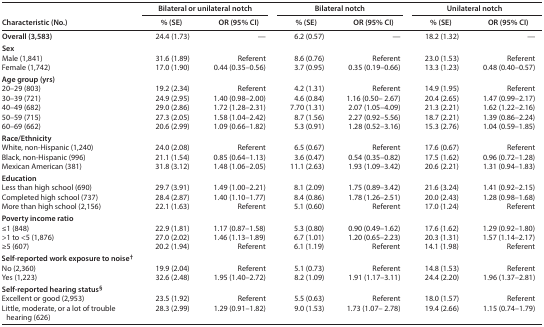
<table><thead><tr><td rowspan="2"><b>Characteristic (No.)</b></td><td colspan="2"><b>Bilateral or unilateral notch</b></td><td colspan="2"><b>Bilateral notch</b></td><td colspan="2"><b>Unilateral notch</b></td></tr><tr><td><b>% (SE)</b></td><td><b>OR (95% CI)</b></td><td><b>% (SE)</b></td><td><b>OR (95% CI)</b></td><td><b>% (SE)</b></td><td><b>OR (95% CI)</b></td></tr></thead><tbody><tr><td><b>Overall (3,583)</b></td><td>24.4 (1.73)</td><td>—</td><td>6.2 (0.57)</td><td>—</td><td>18.2 (1.32)</td><td>—</td></tr><tr><td colspan="7"><b>Sex</b></td></tr><tr><td>Male (1,841)</td><td>31.6 (1.89)</td><td>Referent</td><td>8.6 (0.76)</td><td>Referent</td><td>23.0 (1.53)</td><td>Referent</td></tr><tr><td>Female (1,742)</td><td>17.0 (1.90)</td><td>0.44 (0.35–0.56)</td><td>3.7 (0.95)</td><td>0.35 (0.19–0.66)</td><td>13.3 (1.23)</td><td>0.48 (0.40–0.57)</td></tr><tr><td colspan="7"><b>Age group (yrs)</b></td></tr><tr><td>20–29 (803)</td><td>19.2 (2.34)</td><td>Referent</td><td>4.2 (1.31)</td><td>Referent</td><td>14.9 (1.95)</td><td>Referent</td></tr><tr><td>30–39 (721)</td><td>24.9 (2.95)</td><td>1.40 (0.98–2.00)</td><td>4.6 (0.84)</td><td>1.16 (0.50– 2.67)</td><td>20.4 (2.65)</td><td>1.47 (0.99–2.17)</td></tr><tr><td>40–49 (682)</td><td>29.0 (2.86)</td><td>1.72 (1.28–2.31)</td><td>7.70 (1.31)</td><td>2.07 (1.05–4.09)</td><td>21.3 (2.21)</td><td>1.62 (1.22–2.16)</td></tr><tr><td>50–59 (715)</td><td>27.3 (2.05)</td><td>1.58 (1.04–2.42)</td><td>8.7 (1.56)</td><td>2.27 (0.92–5.56)</td><td>18.7 (2.21)</td><td>1.39 (0.86–2.24)</td></tr><tr><td>60–69 (662)</td><td>20.6 (2.99)</td><td>1.09 (0.66–1.82)</td><td>5.3 (0.91)</td><td>1.28 (0.52–3.16)</td><td>15.3 (2.76)</td><td>1.04 (0.59–1.85)</td></tr><tr><td colspan="7"><b>Race/Ethnicity</b></td></tr><tr><td>White, non-Hispanic (1,240)</td><td>24.0 (2.08)</td><td>Referent</td><td>6.5 (0.67)</td><td>Referent</td><td>17.6 (0.67)</td><td>Referent</td></tr><tr><td>Black, non-Hispanic (996)</td><td>21.1 (1.54)</td><td>0.85 (0.64–1.13)</td><td>3.6 (0.47)</td><td>0.54 (0.35–0.82)</td><td>17.5 (1.62)</td><td>0.96 (0.72–1.28)</td></tr><tr><td>Mexican American (381)</td><td>31.8 (3.12)</td><td>1.48 (1.06–2.05)</td><td>11.1 (2.63)</td><td>1.93 (1.09–3.42)</td><td>20.6 (2.21)</td><td>1.31 (0.94–1.83)</td></tr><tr><td colspan="7"><b>Education</b></td></tr><tr><td>Less than high school (690)</td><td>29.7 (3.91)</td><td>1.49 (1.00–2.21)</td><td>8.1 (2.09)</td><td>1.75 (0.89–3.42)</td><td>21.6 (3.24)</td><td>1.41 (0.92–2.15)</td></tr><tr><td>Completed high school (737)</td><td>28.4 (2.87)</td><td>1.40 (1.10–1.77)</td><td>8.4 (0.86)</td><td>1.78 (1.26–2.51)</td><td>20.0 (2.43)</td><td>1.28 (0.98–1.68)</td></tr><tr><td>More than high school (2,156)</td><td>22.1 (1.63)</td><td>Referent</td><td>5.1 (0.60)</td><td>Referent</td><td>17.0 (1.24)</td><td>Referent</td></tr><tr><td colspan="7"><b>Poverty income ratio</b></td></tr><tr><td>≤1 (848)</td><td>22.9 (1.81)</td><td>1.17 (0.87–1.58)</td><td>5.3 (0.80)</td><td>0.90 (0.49–1.62)</td><td>17.6 (1.62)</td><td>1.29 (0.92–1.80)</td></tr><tr><td>&gt;1 to &lt;5 (1,876)</td><td>27.0 (2.02)</td><td>1.46 (1.13–1.89)</td><td>6.7 (1.01)</td><td>1.20 (0.65–2.23)</td><td>20.3 (1.31)</td><td>1.57 (1.14–2.17)</td></tr><tr><td>≥5 (607)</td><td>20.2 (1.94)</td><td>Referent</td><td>6.1 (1.19)</td><td>Referent</td><td>14.1 (1.98)</td><td>Referent</td></tr><tr><td colspan="7"><b>Self-reported work exposure to noise<sup>†</sup></b></td></tr><tr><td>No (2,360)</td><td>19.9 (2.04)</td><td>Referent</td><td>5.1 (0.73)</td><td>Referent</td><td>14.8 (1.53)</td><td>Referent</td></tr><tr><td>Yes (1,223)</td><td>32.6 (2.48)</td><td>1.95 (1.40–2.72)</td><td>8.2 (1.09)</td><td>1.91 (1.17–3.11)</td><td>24.4 (2.20)</td><td>1.96 (1.37–2.81)</td></tr><tr><td colspan="7"><b>Self-reported hearing status<sup>§</sup></b></td></tr><tr><td>Excellent or good (2,953)</td><td>23.5 (1.92)</td><td>Referent</td><td>5.5 (0.63)</td><td>Referent</td><td>18.0 (1.57)</td><td>Referent</td></tr><tr><td>Little, moderate, or a lot of trouble hearing (626)</td><td>28.3 (2.99)</td><td>1.29 (0.91–1.82)</td><td>9.0 (1.53)</td><td>1.73 (1.07– 2.78)</td><td>19.4 (2.66)</td><td>1.15 (0.74–1.79)</td></tr></tbody></table>